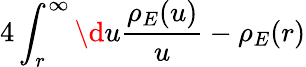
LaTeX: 4\int_{r}^{\infty}\d u\frac{\rho_{E}(u)}{u}-\rho_{E}(r)